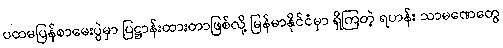
ပထမပြန်စာမေးပွဲမှာ ပြဋ္ဌာန်းထားတာဖြစ်လို့ မြန်မာနိုင်ငံမှာ ရှိကြတဲ့ ရဟန်း သာမဏေတွေ